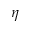
\eta